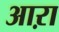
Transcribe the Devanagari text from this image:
आऱा